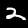
Digit: 2